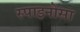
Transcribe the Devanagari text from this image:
स्पाइनोसा